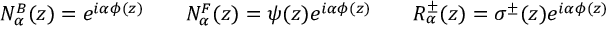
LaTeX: N _ { \alpha } ^ { B } ( z ) = e ^ { i \alpha \phi ( z ) } \qquad N _ { \alpha } ^ { F } ( z ) = \psi ( z ) e ^ { i \alpha \phi ( z ) } \qquad R _ { \alpha } ^ { \pm } ( z ) = \sigma ^ { \pm } ( z ) e ^ { i \alpha \phi ( z ) }